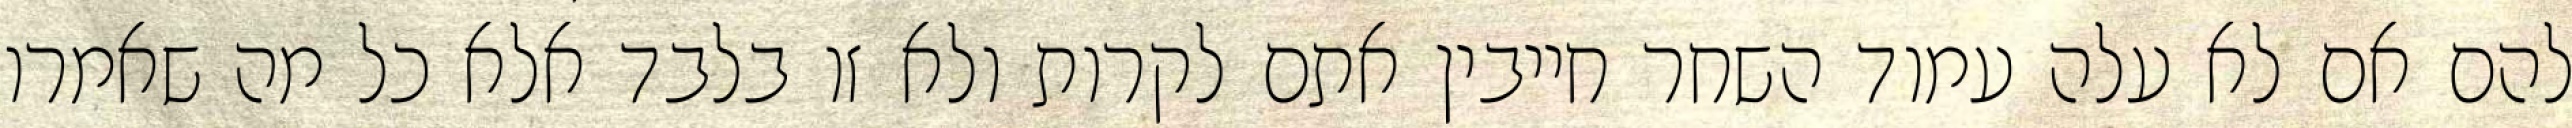
להם אם לא עלה עמוד השחר חייבין אתם לקרות ולא זו בלבד אלא כל מה שאמרו